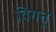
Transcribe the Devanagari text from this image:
विगत्